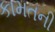
કામતની